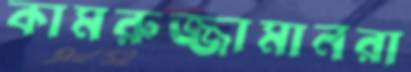
কামরুজ্জামানরা